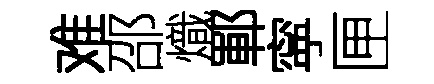
难邵熾鄆寜匣